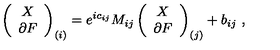
\left( \begin{array} { c } { X } \\ { \partial F } \\ \end{array} \right) _ { ( i ) } = e ^ { i c _ { i j } } M _ { i j } \left( \begin{array} { c } { X } \\ { \partial F } \\ \end{array} \right) _ { ( j ) } + b _ { i j } \ ,